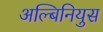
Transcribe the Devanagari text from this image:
अल्बिनियुस